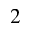
^ 2